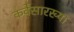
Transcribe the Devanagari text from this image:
कर्वेंसारख्या